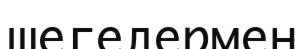
шегелермен